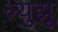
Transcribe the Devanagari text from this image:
ल्युझू